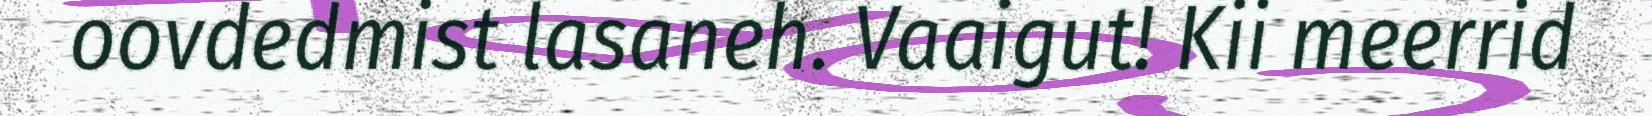
oovdedmist lasaneh. Vaaigut! Kii meerrid